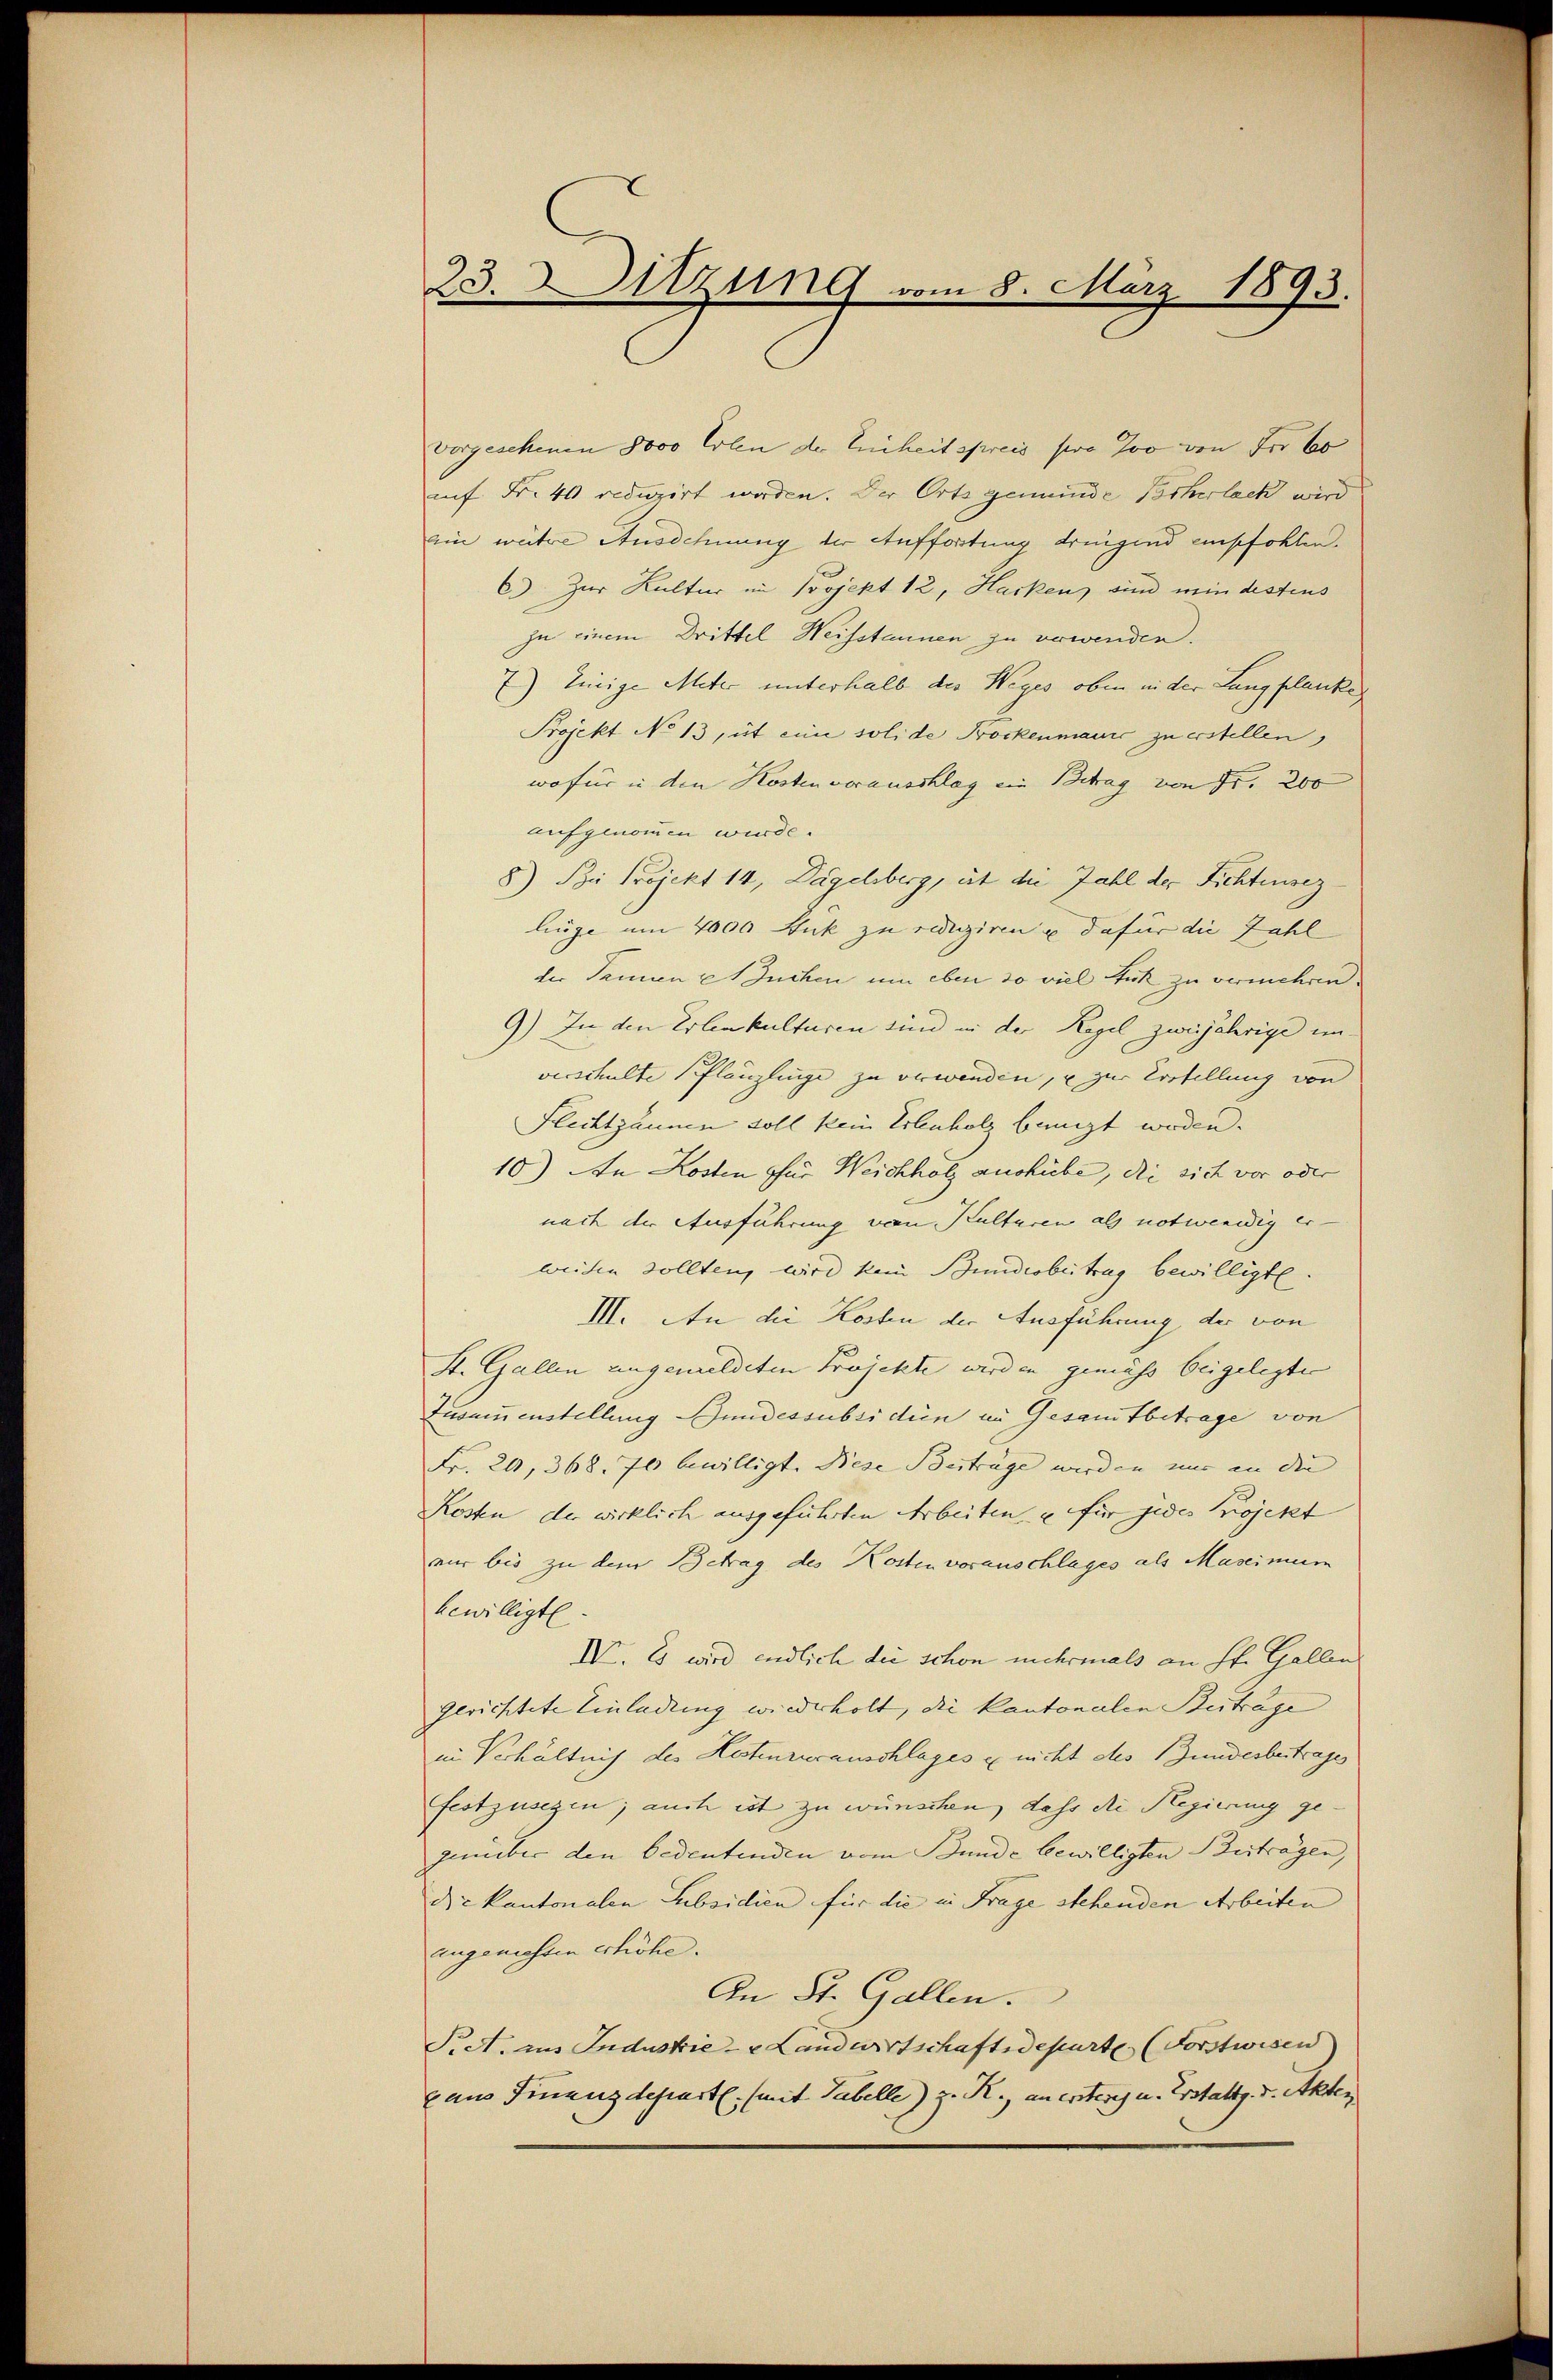
23. d. Sitzung vom 8. März 1893.

vorgeschenen 8000 Erlen der Einheit spreis pro Joo von der 60
auf Fr. 40 reduzirt werden. Der Orts gemeinde Pocherlack wird
ein weitere Ausdehnung der Auffortung dringend empfohlen.
C) Zur Kultur im Projekt 12, Hacken sind min destens
zu einem Drittel Weisstaunen zu vowenden.
7) Einige Miter unterhalb der Weges oben in der Lang planke
Projekt No 13, ut eine solide Pockenmaurc zu erstellen,
wofür in den Kosten vorausschlag ein Betrag von Fr. 200
aufgenommen wurde.
8) Sie Projekt 14, Dägelsberg, ist die Zahl der Fichtensez
linge um 4000 Stück zu redigiren u dafür die Zahl
der Samen et Suchen um eben so viel Zuck zu vermehren.
9) In den Erlenkulturen sind in der Regel zweijährige un-
verschulte Plänzlinge zu verwenden, u zur Vortellung von
Flechtzäunen soll kein Erbenholz bangt worden.
10) An Kosten für Weichholz aushiebe, die sich vor oder
nach der Ausführung von Kulturen als notwendig er-
weiten sollten, wird kein Bundesbeitrag bewilligte.
III. An die Kosten der Ausführung der von
St. Gallen ungemeldeten Projekte werden gemäss beigelegten
Zusammenstellung Andessubsidien im Gesamtbetrage von
Fr. 20, 368. 70 bewilligt. Bese Beiträge wird en nur in die
Kosten der wirklich ausgeführten Arbeiten u für jedes Projekt
nur bis zu dem Betrag des Kosten vorauschlages als Mascimum
bewilligte.
IV. Es wird endlich die schon mehrmals an St. Gallens
gerichtete Einladung wiederholt, die kantonalen Betrage
in Verhältnis des Kistenveranschlages & nicht des Bundesbeitrage
festzusehen; auch ist zu wünschen, dass die Regierung ge-
genüber den bedeutenden vom Bunde bewilligten Besträgen,
die kantonalen Subsidien für die in Frage stehenden Arbeiten |
angenehmen erhöhe.
An St. Gallen.
Siet, aus Industrie - u Landwirtschaftsdeparte (Forstwisen
xam Finanzdepart. (mit Tabelle) z. R., an ersterig u. Erstattg. v. Akten